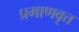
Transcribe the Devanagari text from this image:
प्रमाणवृत्त